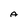
Character: A